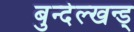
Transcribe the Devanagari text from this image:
बुन्देल्खन्ड्